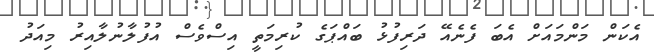
އެކަން މަންމައަށް އެބަ ފެނެއޭ ދަރިފުޅު ބައްޕަގެ ކުރިމަތީ އިސްވެސް އުފުލާނުލާއިރު މިއަދު